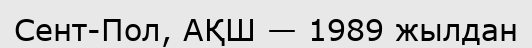
Сент-Пол, АҚШ — 1989 жылдан